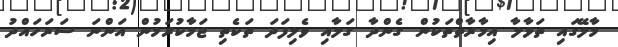
މާލޭގައި ތަޅާލާ އިމާރާތްތަކުން ގެންދާ ގަލާއި ވެލިފަދަ ތަކެތި ޖަމާކުރަމުން އަންނަ ސަރަހައްދު